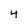
Character: 4